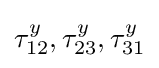
\tau _{12}^{y},\tau _{23}^{y},\tau _{31}^{y}